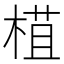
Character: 𣕈